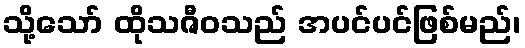
သို့သော် ထိုသဇီဝသည် အပင်ပင်ဖြစ်မည်၊